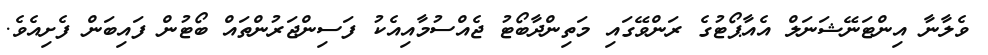
ވެލާނާ އިންޓަނޭޝަނަލް އެއާޕޯޓުގެ ރަންވޭގައި މަތިންދާބޯޓު ޖެއްސުމާއިއެކު ފަސިންޖަރުންތައް ބޯޓުން ފައިބަން ފެށިއެވެ.